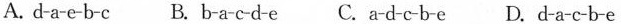
A. d-a-e-b-c B.b-a-c-d-e C.a-d-c-b-e D. d-a-c-b-e